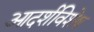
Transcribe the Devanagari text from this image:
आदर्शविशेष